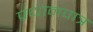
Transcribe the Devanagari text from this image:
प्रधानपात्र